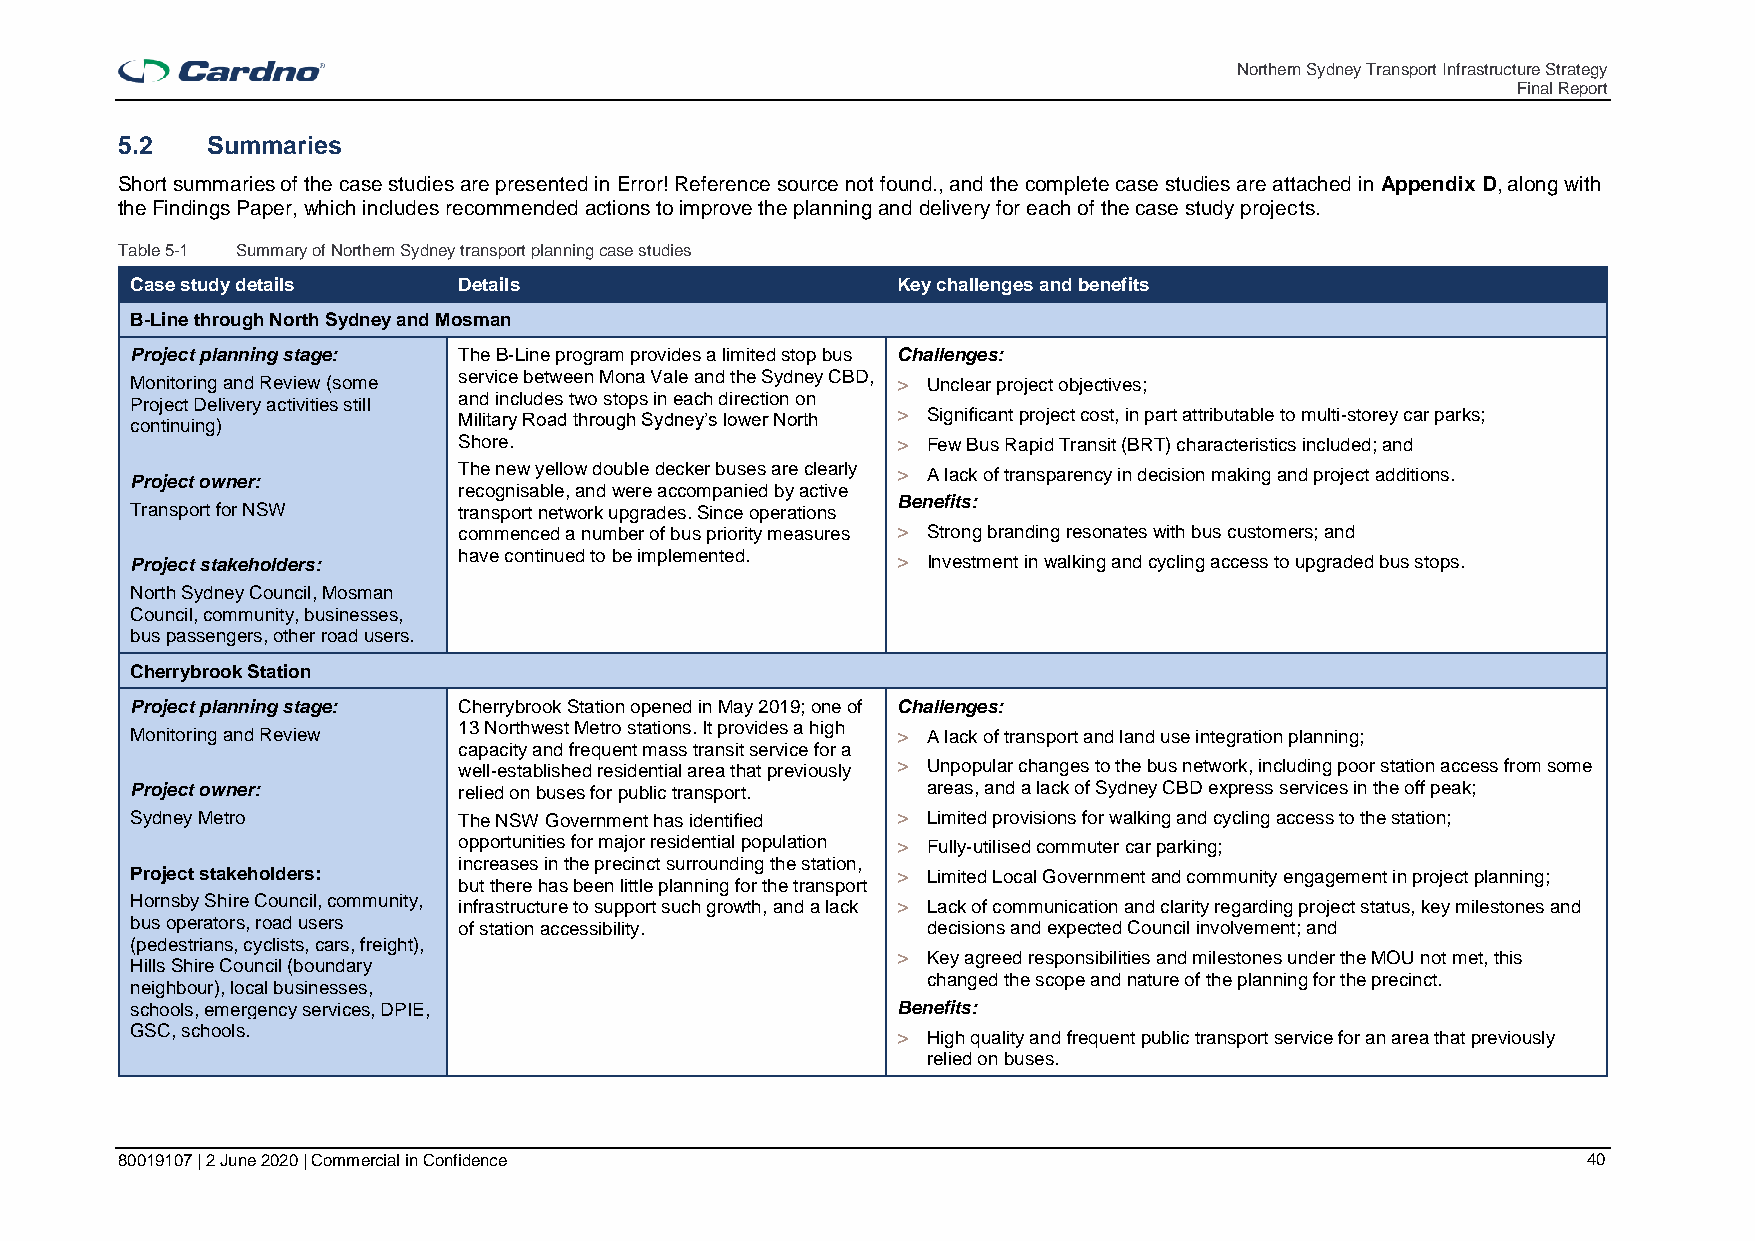
Northern Sydney Transport Infrastructure Strategy
 Final Report
 5.2   Summaries
 Short summaries of the case studies are presented in Error! Reference source not found., and the complete case studies are attached in Appendix D, along with
 the Findings Paper, which includes recommended actions to improve the planning and delivery for each of the case study projects.
 Table 5-1 Summary of Northern Sydney transport planning case studies
 Case study details   Details                      Key challenges and benefits
 B-Line through North Sydney and Mosman
 Project planning stage: The B-Line program provides a limited stop bus Challenges:
 Monitoring and Review (some service between Mona Vale and the Sydney CBD, > Unclear project objectives;
 and includes two stops in each direction on
 Project Delivery activities still
 continuing)          Military Road through Sydney’s lower North > Significant project cost, in part attributable to multi-storey car parks;
 Shore.                       > Few Bus Rapid Transit (BRT) characteristics included; and
 The new yellow double decker buses are clearly > A lack of transparency in decision making and project additions.
 Project owner:
 recognisable, and were accompanied by active
 Benefits:
 Transport for NSW    transport network upgrades. Since operations
 commenced a number of bus priority measures > Strong branding resonates with bus customers; and
 Project stakeholders: have continued to be implemented. > Investment in walking and cycling access to upgraded bus stops.
 North Sydney Council, Mosman
 Council, community, businesses,
 bus passengers, other road users.
 Cherrybrook Station
 Project planning stage: Cherrybrook Station opened in May 2019; one of Challenges:
 Monitoring and Review 13 Northwest Metro stations. It provides a high > A lack of transport and land use integration planning;
 capacity and frequent mass transit service for a
 well-established residential area that previously > Unpopular changes to the bus network, including poor station access from some
 Project owner:       relied on buses for public transport. areas, and a lack of Sydney CBD express services in the off peak;
 Sydney Metro         The NSW Government has identified > Limited provisions for walking and cycling access to the station;
 opportunities for major residential population > Fully-utilised commuter car parking;
 increases in the precinct surrounding the station,
 Project stakeholders:                             > Limited Local Government and community engagement in project planning;
 but there has been little planning for the transport
 Hornsby Shire Council, community, infrastructure to support such growth, and a lack > Lack of communication and clarity regarding project status, key milestones and
 bus operators, road users of station accessibility. decisions and expected Council involvement; and
 (pedestrians, cyclists, cars, freight),
 > Key agreed responsibilities and milestones under the MOU not met, this
 Hills Shire Council (boundary
 changed the scope and nature of the planning for the precinct.
 neighbour), local businesses,
 schools, emergency services, DPIE,                Benefits:
 GSC, schools.                                     > High quality and frequent public transport service for an area that previously
 relied on buses.
 80019107 | 2 June 2020 | Commercial in Confidence                                                40